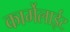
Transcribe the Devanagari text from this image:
कार्मेलाईट